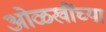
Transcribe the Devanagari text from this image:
ओळखींच्या